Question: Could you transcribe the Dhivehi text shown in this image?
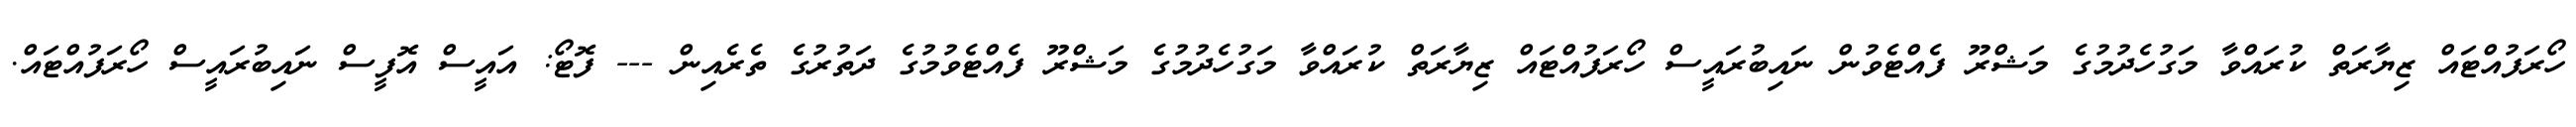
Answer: ހޯރަފުއްޓައް ޒިޔާރަތް ކުރައްވާ މަގުހެދުމުގެ މަޝްރޫ ފެއްޓެވުން ނައިބުރައީސް ހޯރަފުއްޓައް ޒިޔާރަތް ކުރައްވާ މަގުހެދުމުގެ މަޝްރޫ ފެއްޓެވުމުގެ ދަތުރުގެ ތެރެއިން --- ފޮޓޯ: އައީސް އޮފީސް ނައިބުރައީސް ހޯރަފުއްޓައް.